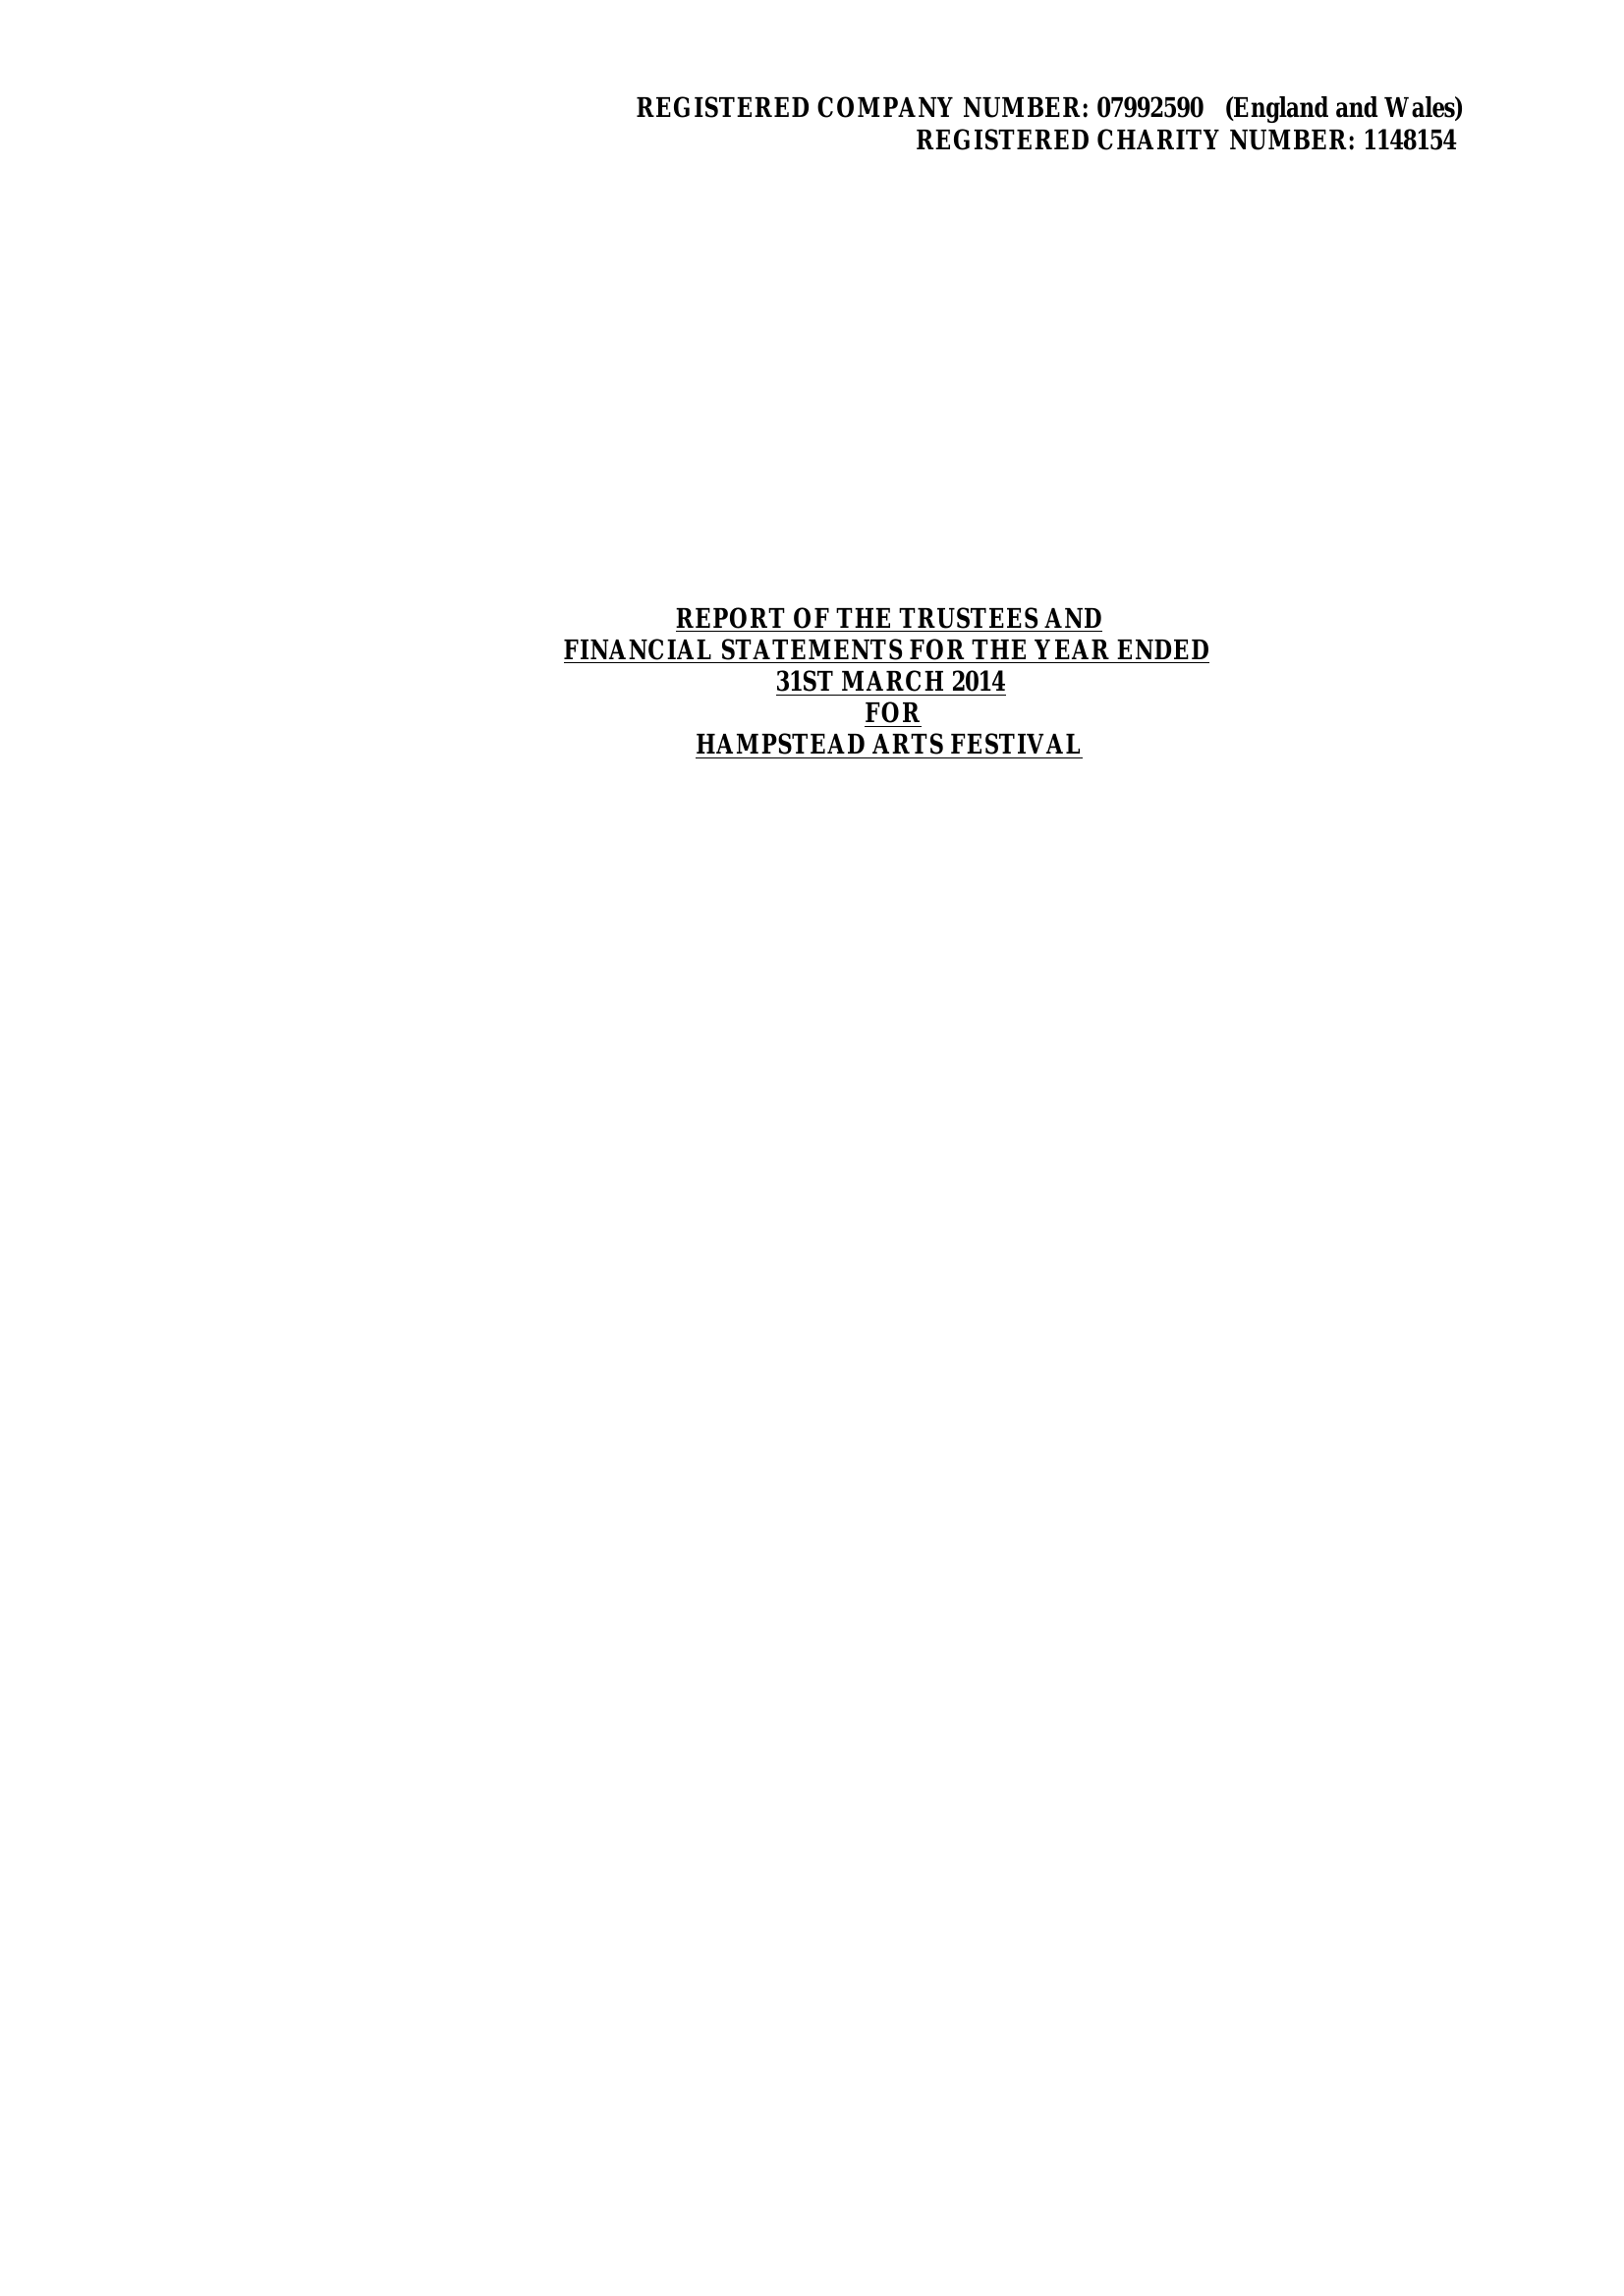
REGISTERED COMPANY  NUMBER: 07992590 (England and Wales)
     REGISTERED CHARITY NUMBER: 1148154
     REPORT OF THE TRUSTEES AND
     FINANCIAL STATEMENTS FOR THE YEAR ENDED
     31ST MARCH 2014
     FOR
     HAMPSTEAD ARTS FESTIVAL